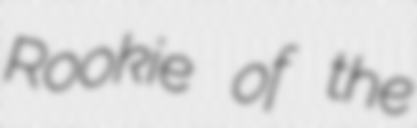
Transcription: Rookie of the